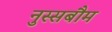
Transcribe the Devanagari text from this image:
नुस्सबौम